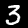
Digit: 3